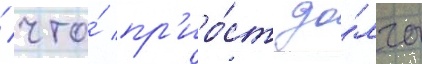
/ что́ пр'иро́ст до́лга